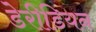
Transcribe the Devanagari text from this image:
डेरीडियन